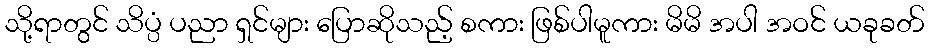
သို့ရာတွင် သိပ္ပံ ပညာ ရှင်များ ပြောဆိုသည့် စကား ဖြစ်ပါမူကား မိမိ အပါ အဝင် ယခုခတ်